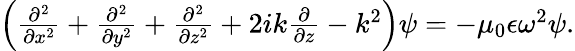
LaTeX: \begin{array}{r}{\left(\frac{\partial^{2}}{\partial x^{2}}+\frac{\partial^{2}}{\partial y^{2}}+\frac{\partial^{2}}{\partial z^{2}}+2ik\frac{\partial}{\partial z}-k^{2}\right)\psi=-\mu_{0}\epsilon\omega^{2}\psi.}\end{array}